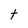
Character: t